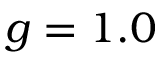
g = 1 . 0